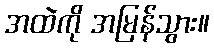
အထဲကို အမြန်သွား။